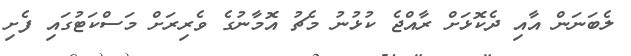
ލެބަނަން އާއި ދެކޮޅަށް ރާއްޖެ ކުޅުނު މެޗު އޮމާނުގެ ވެރިރަށް މަސްކަޓުގައި ފެށި